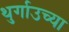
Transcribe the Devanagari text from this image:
थुर्गाउच्या